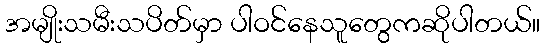
အမျိုးသမီးသပိတ်မှာ ပါဝင်နေသူတွေကဆိုပါတယ်။